Leningradi_Edasi_toimetus, lk 234
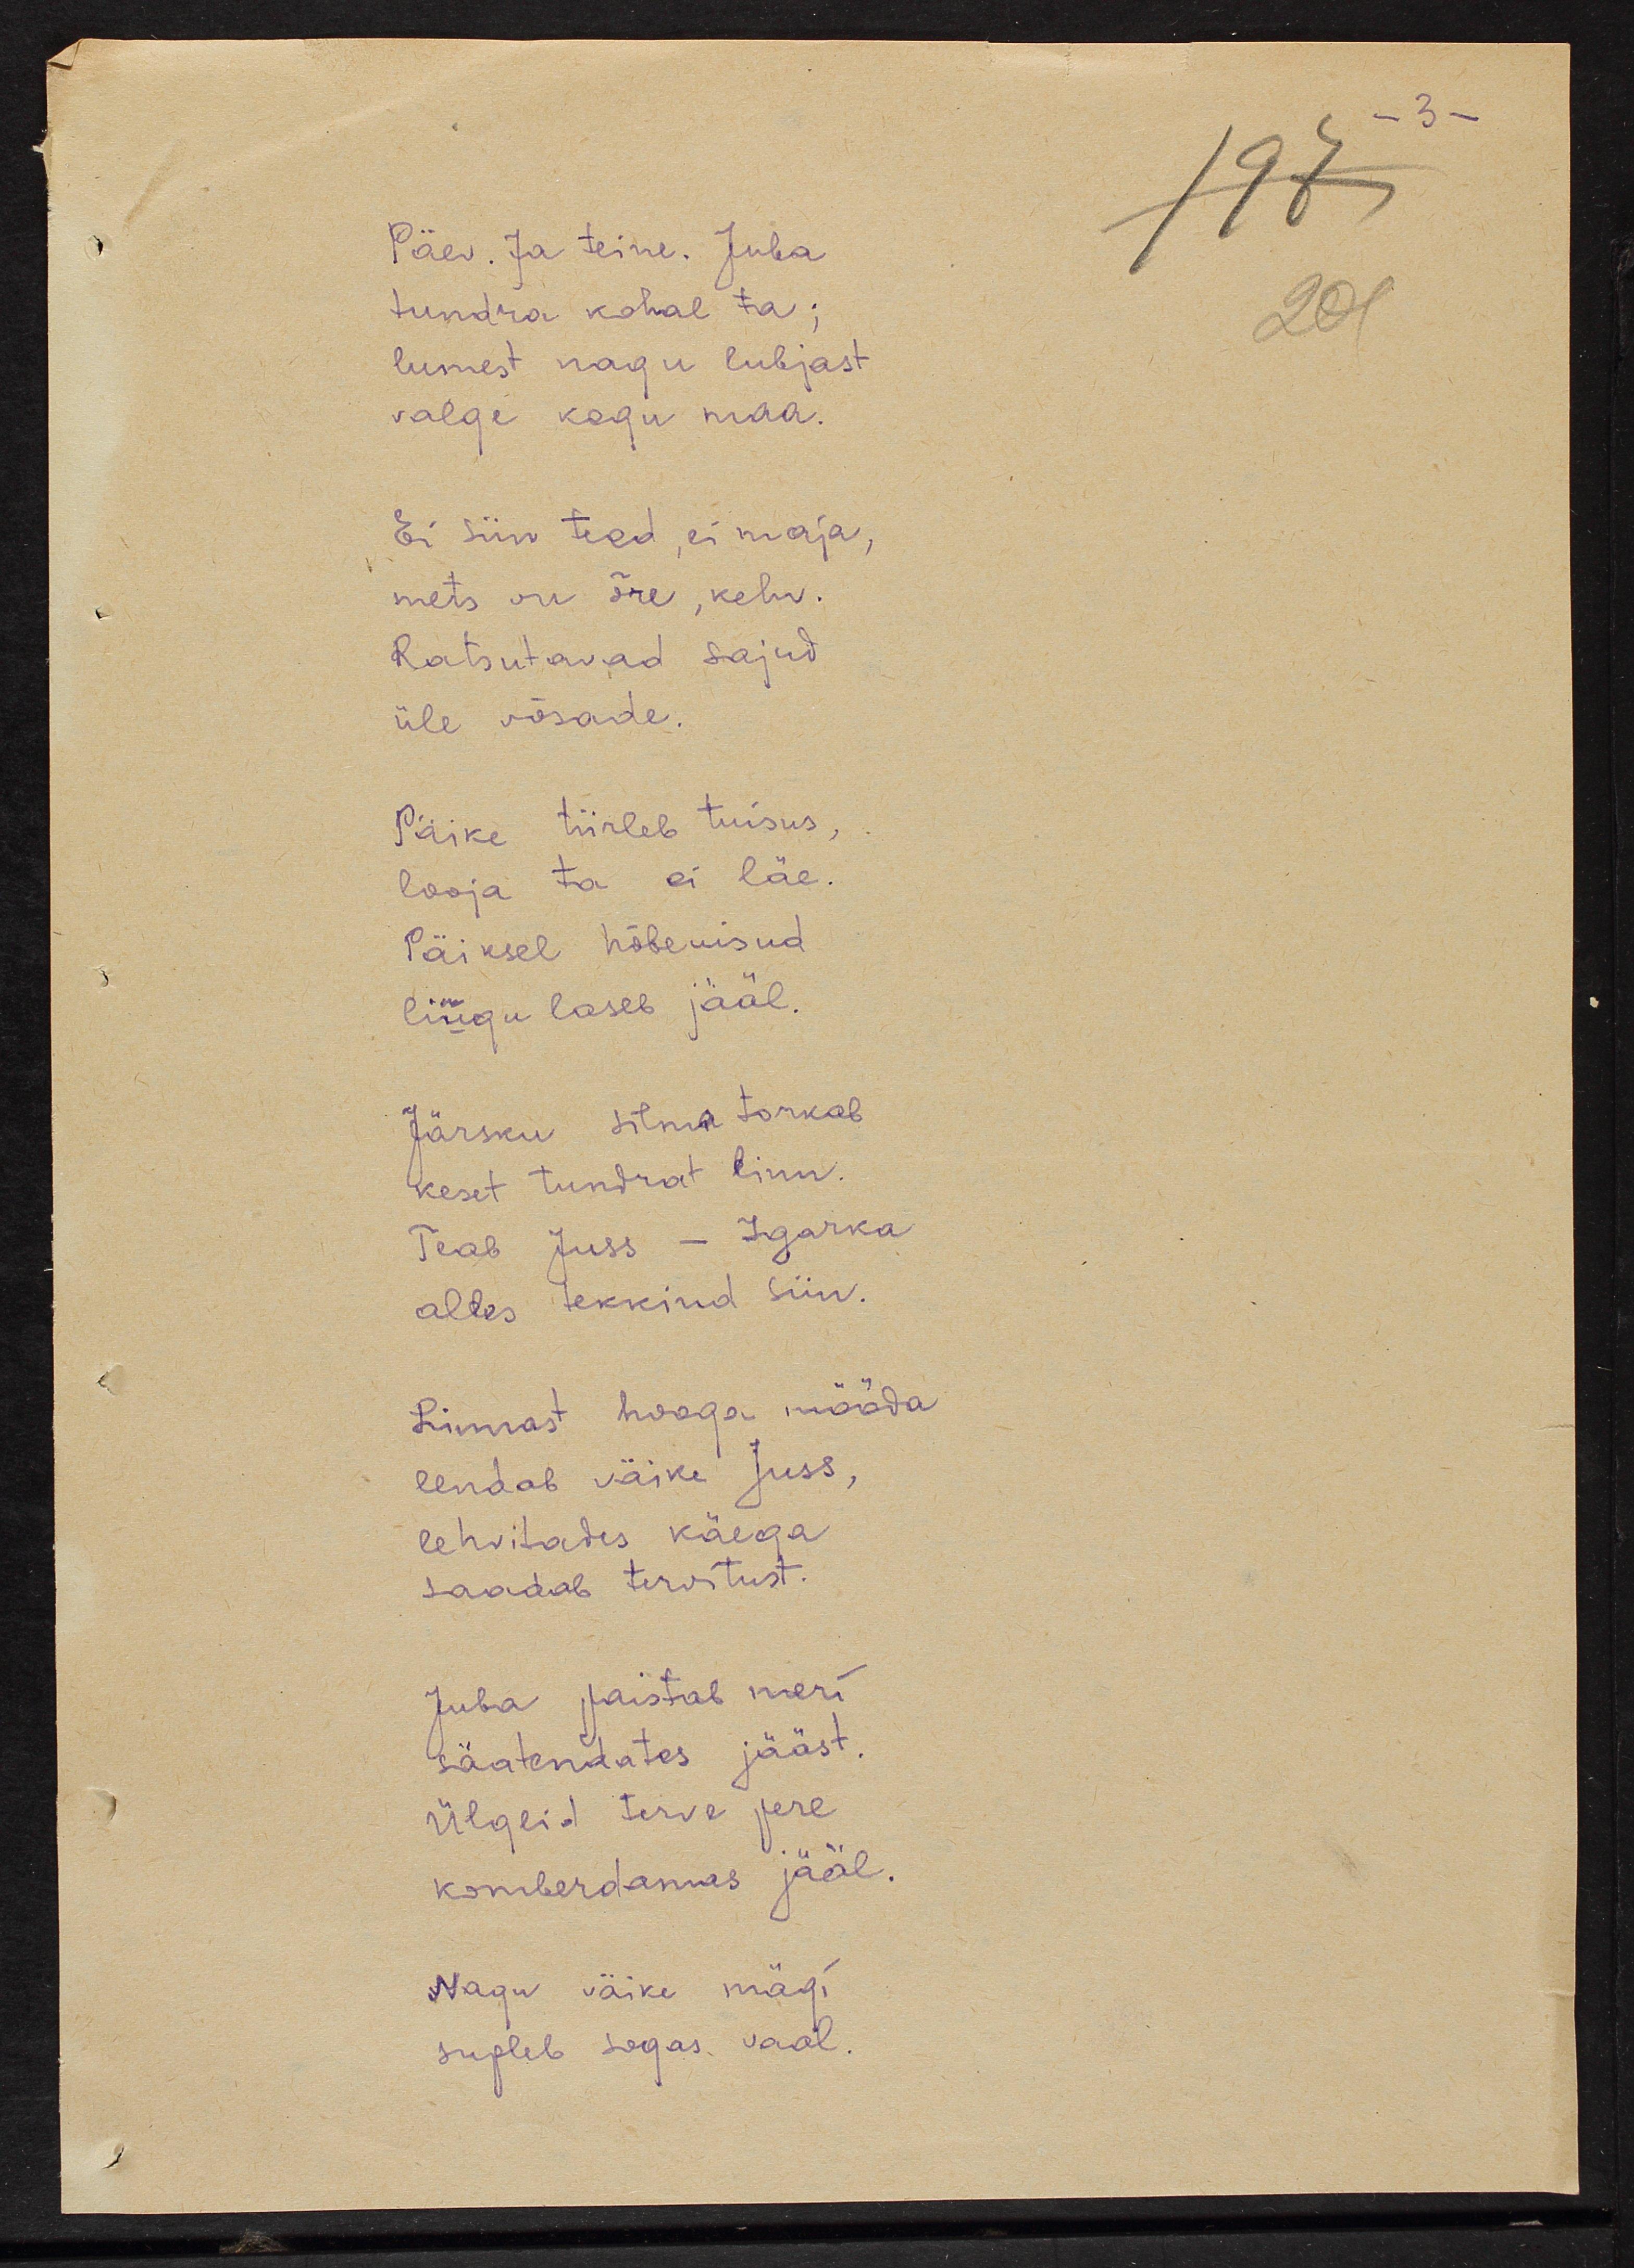
Päev. Ja teine. Juba
tundra kohal ta;
lumest nagu lubjast
valge kogu maa
Ei siin teed, ei maja,
mets on õre, kelm.
Ratsutavad sajud
üle võsade.
Päike tiirleb tuisus,
looja ta ei läe
Päiksel hõbeuisud
liugu laseb jääl.
Järsku silma torkab 
keset tundrat linn
Teab Juss - Igarka
alles tekkind siin.
Linnast hooga mööda
lendab väike Juss,
lehvitades käega
saadab tervitust
Juba paistab meri
sätendades jääst.
Ülgeid terve pere
komberdamas jääl.
Nagu väike mägi
supleb sogas vaal